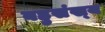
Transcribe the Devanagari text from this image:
बहुसंख्‍य